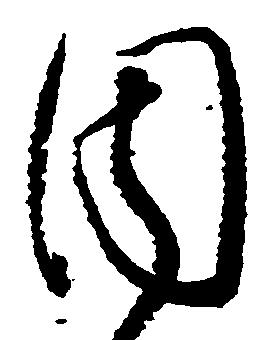
周